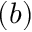
( b )